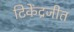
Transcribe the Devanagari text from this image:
टिकेंद्रजीत